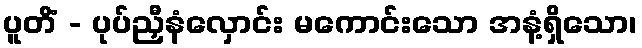
ပူတိံ - ပုပ်ညှီနံလှောင်း မကောင်းသော အနံ့ရှိသော၊